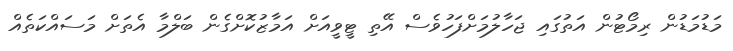
މަޑުމަޑުން ރިމޯޓުން އަތުގައި ޖަހާލުމަށްފަހުވެސް އޭތި ޓީވީއަށް އަމާޒުކޮށްްގެން ބަލްމާ އެތަށް މަސައްކަތެއް